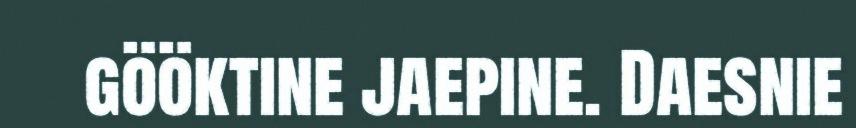
gööktine jaepine. Daesnie